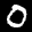
Label: 0